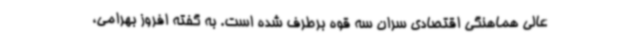
عالی هماهنگی اقتصادی سران سه قوه برطرف شده است. به گفته افروز بهرامی،